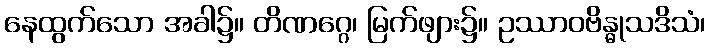
နေထွက်သော အခါ၌။ တိဏဂ္ဂေ၊ မြက်ဖျား၌။ ဥဿာဝဗိန္ဓုသဒိသံ၊